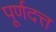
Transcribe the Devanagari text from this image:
पूर्णदत्त